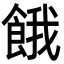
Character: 餓